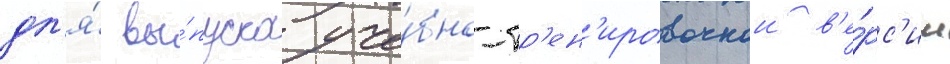
дл'я́ вы́пуска уче́бно-тр'ен'ировочнои в'е́рс'ии